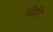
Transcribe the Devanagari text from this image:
चिठि